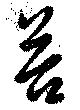
荅